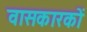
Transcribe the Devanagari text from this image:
वासकारकों